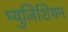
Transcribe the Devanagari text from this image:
म्युजिशियन